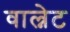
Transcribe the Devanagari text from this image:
वाल्नेट